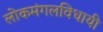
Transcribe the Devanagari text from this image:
लोकमंगलविधायी